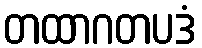
တထာဂတပဒံ